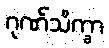
ဂုဏ်သိက္ခာ